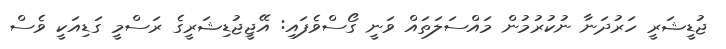
ޖުޑީޝަރީ ހަރުދަނާ ނުކުރުމުން މައްސަލަތައް ވަނީ ގޯސްވެފައި: އޭޖީޖުޑިޝަރީގެ ރަސްމީ ގަޑިއަކީ ވެސް